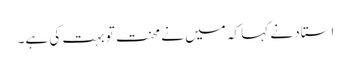
استاد نے کہا کہ میں نے محنت تو بہت کی ہے۔